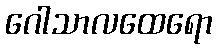
ဂေါသာလထေရော